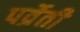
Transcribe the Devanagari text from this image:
पर्व्रेती